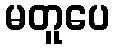
မတူပေ